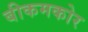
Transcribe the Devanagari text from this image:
बीकमकोर